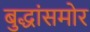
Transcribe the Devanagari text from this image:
बुद्धांसमोर